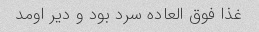
غذا فوق العاده سرد بود و دیر اومد